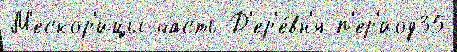
М'ескор'ицы часть Д'ер'е́вн'я п'ер'иод35